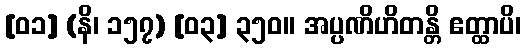
[၀၁] (နိ၊ ၁၅၇) [၀၃] ၃၅၀။ အပ္ပဏိဟိတန္တိ ဧတ္ထာပိ၊